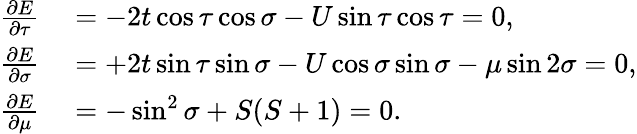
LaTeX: \begin{array}{rl}{\frac{\partial E}{\partial\tau}}&{{}=-2t\cos\tau\cos\sigma-U\sin\tau\cos\tau=0,}\\ {\frac{\partial E}{\partial\sigma}}&{{}=+2t\sin\tau\sin\sigma-U\cos\sigma\sin\sigma-\mu\sin 2\sigma=0,}\\ {\frac{\partial E}{\partial\mu}}&{{}=-\sin^{2}\sigma+S(S+1)=0.}\end{array}